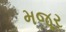
મજૂર